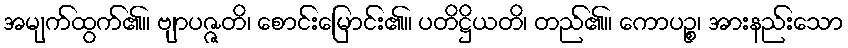
အမျက်ထွက်၏။ ဗျာပဇ္ဇတိ၊ စောင်းမြောင်း၏။ ပတိဋ္ဌိယတိ၊ တည်၏။ ကောပဉ္စ၊ အားနည်းသော